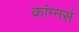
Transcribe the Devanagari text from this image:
कांग्नर्स